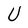
Character: U